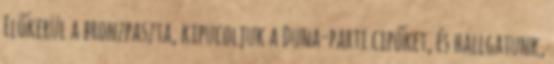
Előkerül a bronzpaszta, kipucoljuk a Duna-parti cipőket, és hallgatunk,